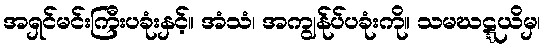
အရှင်မင်းကြီးပခုံးနှင့်။ အံသံ၊ အကျွန်ုပ်ပခုံးကို။ သမဃဋ္ဋယိမှ၊